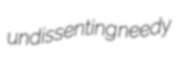
undissenting needy